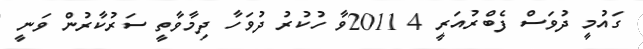
ގައުމީ ދުވަސް ފެބްރުއަރީ 4 2011ވާ ހުކުރު ދުވަހާ ދިމާވާތީ ސަރުކާރުން ވަނީ